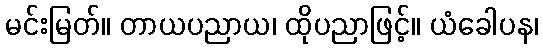
မင်းမြတ်။ တာယပညာယ၊ ထိုပညာဖြင့်။ ယံခေါပန၊